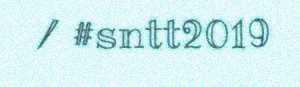
/ #sntt2019